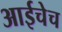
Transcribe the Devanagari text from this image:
आईचेच